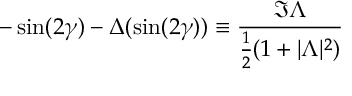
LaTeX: - \sin ( 2 \gamma ) - \Delta ( \sin ( 2 \gamma ) ) \equiv { \frac { \Im \Lambda } { { \frac { 1 } { 2 } } ( 1 + | \Lambda | ^ { 2 } ) } }